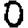
Digit: 0